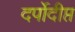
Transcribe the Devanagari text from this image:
दर्पोदीप्त